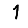
Digit: 1